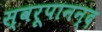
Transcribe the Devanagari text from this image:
स्वरूपानन्द